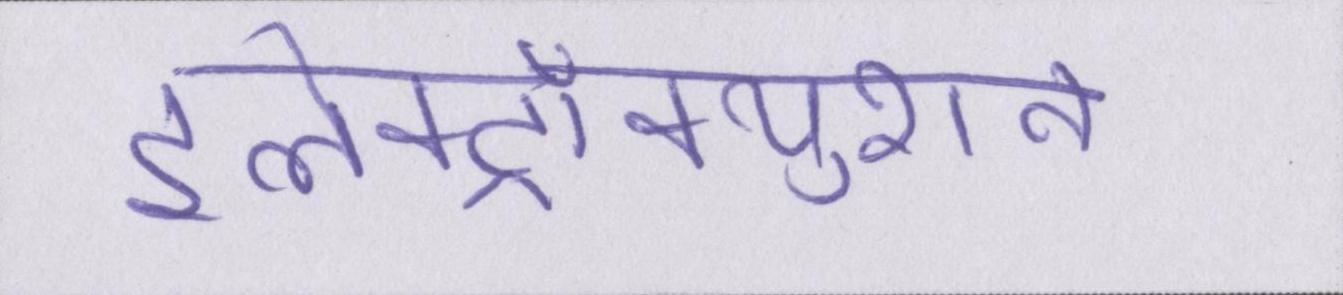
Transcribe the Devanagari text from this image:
इलेक्ट्रॉक्युशन